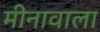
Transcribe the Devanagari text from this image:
मीनावाला